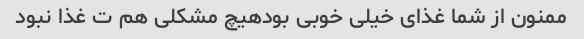
ممنون از شما غذای خیلی خوبی بودهیچ مشکلی هم ت غذا نبود